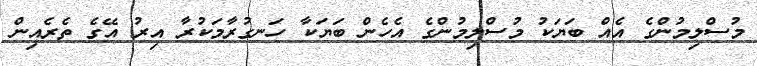
މުސްލިމުންގެ އެއް ބަޔަކު މުސްލިމުންގެ އެހެން ބަޔަކާ ހަނގުރާމަކުރާ އިރު އޭގެ ތެރެއިން